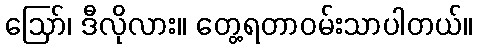
ဪ၊ ဒီလိုလား။ တွေ့ရတာဝမ်းသာပါတယ်။